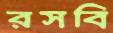
রসবি